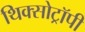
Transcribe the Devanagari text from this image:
थिक्सोट्रॉपी